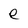
Character: e